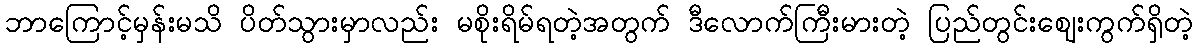
ဘာကြောင့်မှန်းမသိ ပိတ်သွားမှာလည်း မစိုးရိမ်ရတဲ့အတွက် ဒီလောက်ကြီးမားတဲ့ ပြည်တွင်းဈေးကွက်ရှိတဲ့